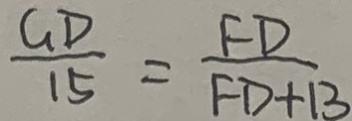
\frac { G D } { 1 5 } = \frac { F D } { F D + B }